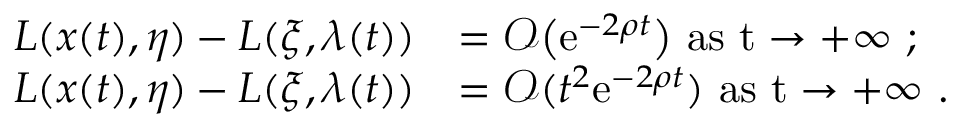
\begin{array} { r l } { L ( x ( t ) , \eta ) - L ( \xi , \lambda ( t ) ) } & { = \mathcal { O } \big ( \mathrm { e } ^ { - 2 \rho t } \big ) \ \mathrm { a s ~ t \to + \infty ~ } ; } \\ { L ( x ( t ) , \eta ) - L ( \xi , \lambda ( t ) ) } & { = \mathcal { O } ( t ^ { 2 } \mathrm { e } ^ { - 2 \rho t } ) \ \mathrm { a s ~ t \to + \infty ~ } . } \end{array}